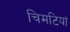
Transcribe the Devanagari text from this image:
चिमटियां